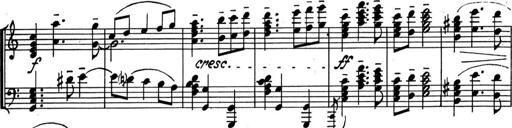
Title: Kleine Sonate
Composer: Raoul Koczalski
Key: C major